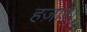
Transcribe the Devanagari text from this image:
हज़ार।